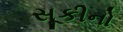
સૂકીનો